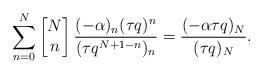
LaTeX: \begin{align*}\sum_{n=0}^{N} \left[\begin{matrix} N \\ n \end{matrix}\right] \frac{(-\alpha)_n (\tau q )^n}{(\tau q^{N+1-n})_n} = \frac{(-\alpha \tau q)_N}{(\tau q)_N}. \end{align*}